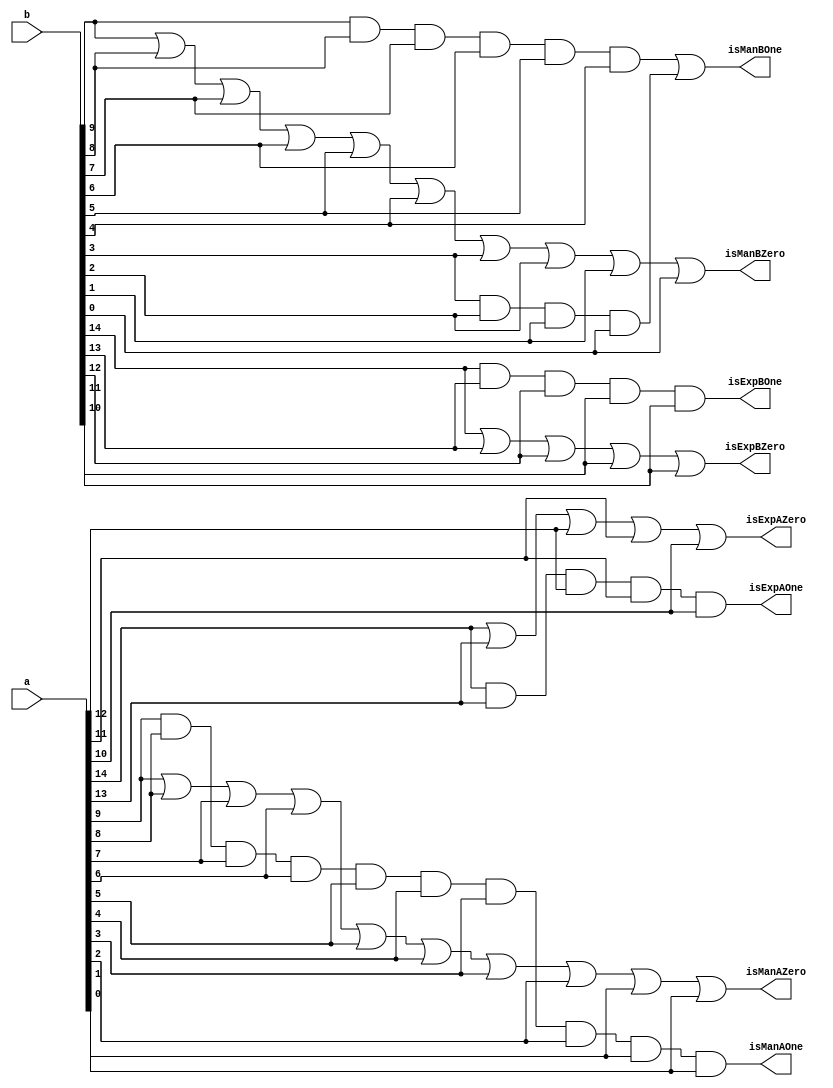
module expManZeroOne(input [15:0]a, input [15:0]b, output isExpAZero, output isExpBZero, output isExpAOne, output isExpBOne, output isManAZero, output isManBZero, output isManAOne, output isManBOne);

assign isExpAZero = a[14]|a[13]|a[12]|a[11]|a[10]; 
assign isExpBZero = b[14]|b[13]|b[12]|b[11]|b[10];
assign isExpAOne = a[14]&a[13]&a[12]&a[11]&a[10]; 
assign isExpBOne = b[14]&b[13]&b[12]&b[11]&b[10];
assign isManAZero = a[9]|a[8]|a[7]|a[6]|a[5]|a[4]|a[3]|a[2]|a[1]|a[0];
assign isManBZero = b[9]|b[8]|b[7]|b[6]|b[5]|b[4]|b[3]|b[2]|b[1]|b[0];
assign isManAOne = a[9]&a[8]&a[7]&a[6]&a[5]&a[4]&a[3]&a[2]&a[1]&a[0];
assign isManBOne = b[9]&b[8]&b[7]&b[6]&b[5]&b[4]|b[3]&b[2]&b[1]&b[0]; 

endmodule